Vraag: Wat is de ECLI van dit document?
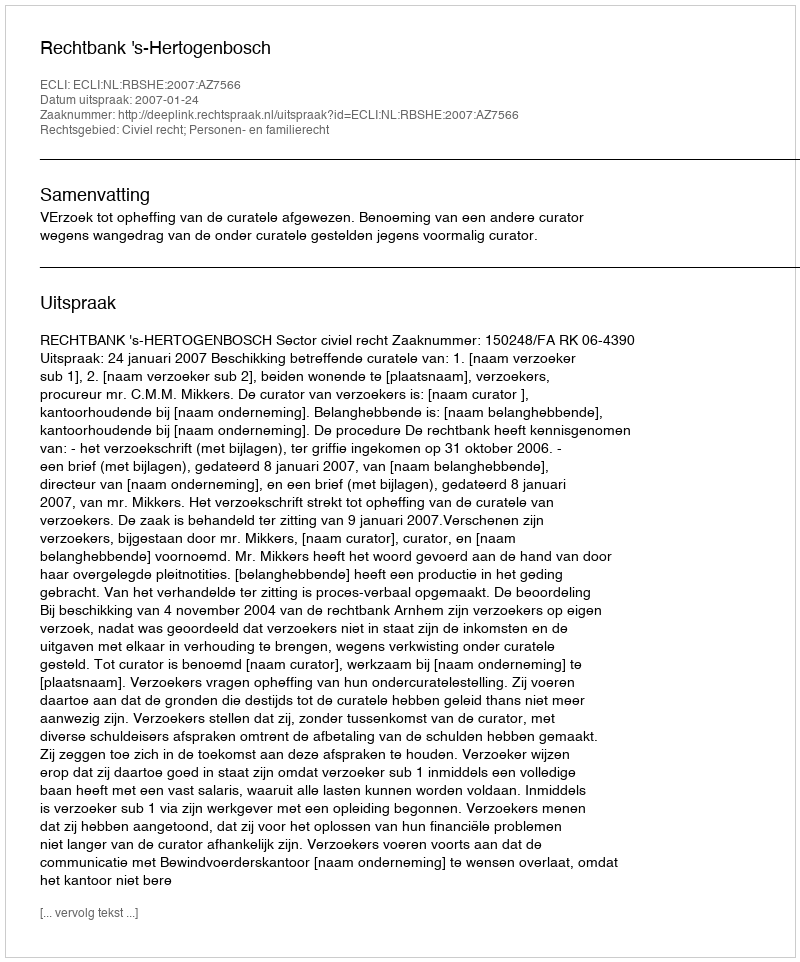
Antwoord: ECLI:NL:RBSHE:2007:AZ7566